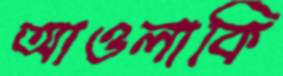
আওলাকি